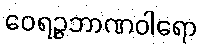
ဝေရဉ္ဇဘာဏဝါရော